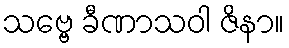
သဗ္ဗေ ခီဏာသဝါ ဇိနာ။